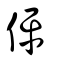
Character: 伻